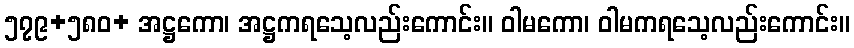
၅၇၉+၅၈၀+ အဋ္ဌကော၊ အဋ္ဌကရသေ့လည်းကောင်း။ ဝါမကော၊ ဝါမကရသေ့လည်းကောင်း။